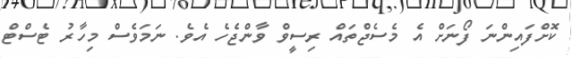
ކޮށްފައިންނަ ފޯނަށް އެ މެސެޖްތައް ރިސީވް ވާންޖެހެ އެވެ. ނަމަވެސް މިހާރު ޓެސްޓް